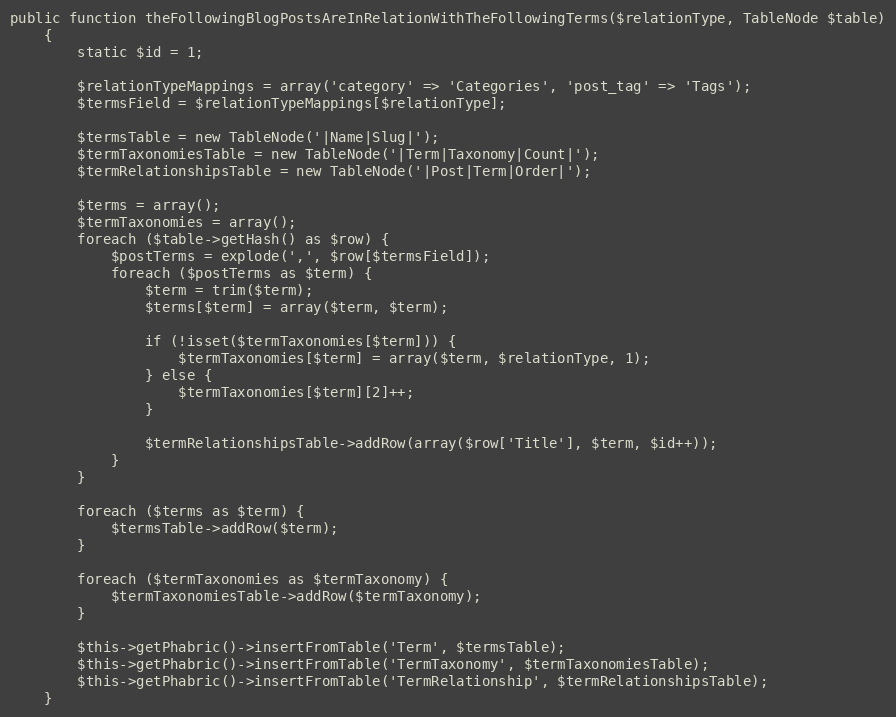
Language: PHP
public function theFollowingBlogPostsAreInRelationWithTheFollowingTerms($relationType, TableNode $table)
    {
        static $id = 1;

        $relationTypeMappings = array('category' => 'Categories', 'post_tag' => 'Tags');
        $termsField = $relationTypeMappings[$relationType];

        $termsTable = new TableNode('|Name|Slug|');
        $termTaxonomiesTable = new TableNode('|Term|Taxonomy|Count|');
        $termRelationshipsTable = new TableNode('|Post|Term|Order|');

        $terms = array();
        $termTaxonomies = array();
        foreach ($table->getHash() as $row) {
            $postTerms = explode(',', $row[$termsField]);
            foreach ($postTerms as $term) {
                $term = trim($term);
                $terms[$term] = array($term, $term);

                if (!isset($termTaxonomies[$term])) {
                    $termTaxonomies[$term] = array($term, $relationType, 1);
                } else {
                    $termTaxonomies[$term][2]++;
                }

                $termRelationshipsTable->addRow(array($row['Title'], $term, $id++));
            }
        }

        foreach ($terms as $term) {
            $termsTable->addRow($term);
        }

        foreach ($termTaxonomies as $termTaxonomy) {
            $termTaxonomiesTable->addRow($termTaxonomy);
        }

        $this->getPhabric()->insertFromTable('Term', $termsTable);
        $this->getPhabric()->insertFromTable('TermTaxonomy', $termTaxonomiesTable);
        $this->getPhabric()->insertFromTable('TermRelationship', $termRelationshipsTable);
    }